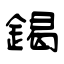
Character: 鍻